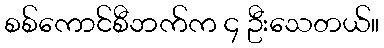
စစ်ကောင်စီဘက်က ၄ ဦးသေတယ်။